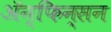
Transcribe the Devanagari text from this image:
ॲन्फिन्सन